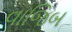
વાજિબ